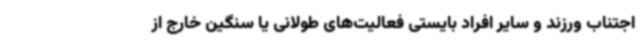
اجتناب ورزند و سایر افراد بایستی فعالیت‌های طولانی یا سنگین خارج از